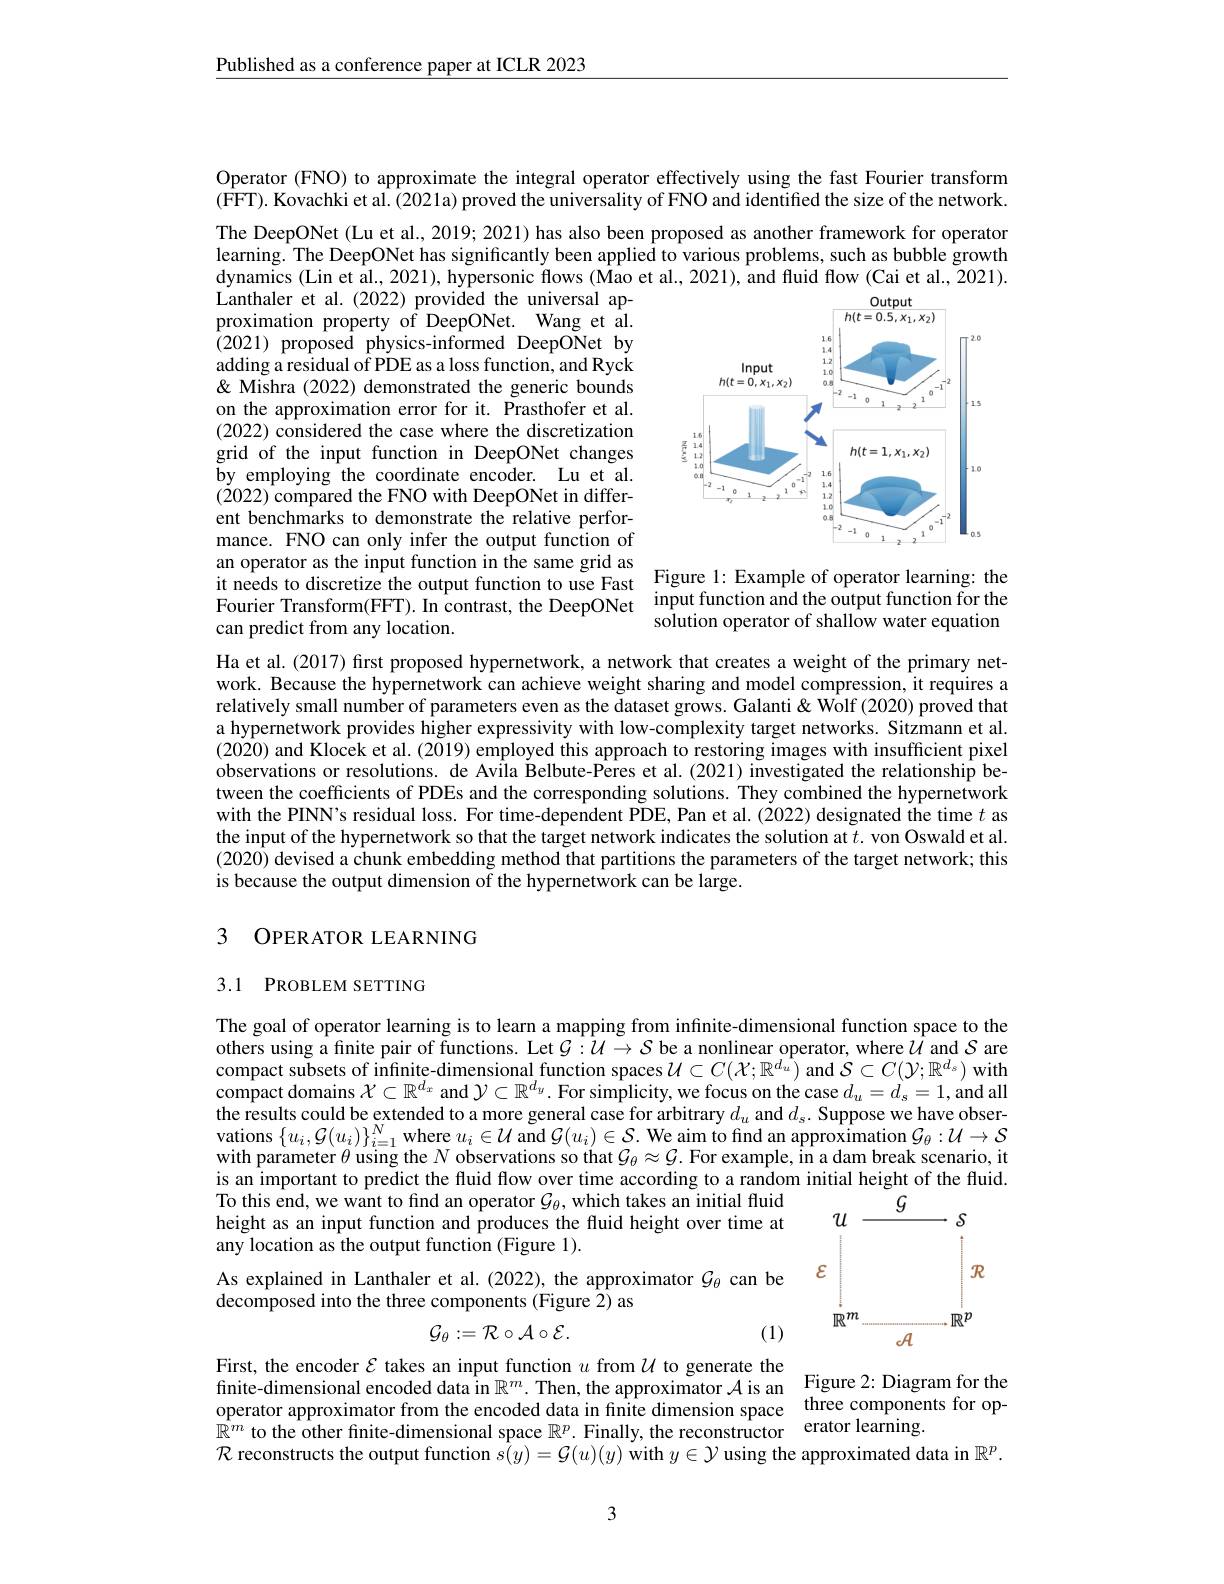
Published as a conference paper at ICLR 2023

Operator (FNO) to approximate the integral operator effectively using the fast Fourier transform $(\hat{\mathrm{FFT}}).$ Kovachki et al. $\hat{(2021\text{a})\text{proved the universality of FNO and identified the size of the network}}$

The DeepONet (Lu et al., 2019; 2021) has also been proposed as another framework for operator learning. The DeepONet has significantly been applied to various problems, such as bubble growth dynamics (Lin et al., 2021), hypersonic flows (Mao et al., 2021), and fluid flow (Cai et al., 2021). Lanthaler et al.(2022) provided the universal ap-

<FigureHere>

proximation property of DeepONet. Wang et al. (2021) proposed physics-informed DeepONet by adding a residual of PDE as a loss function, and Ryck & Mishra (2022) demonstrated the generic bounds on the approximation error for it. Prasthofer et al. (2022) considered the case where the discretization grid of the input function in DeepONet changes by employing the coordinate encoder. Lu et al. (2022) compared the FNO with DeepONet in different benchmarks to demonstrate the relative performance. FNO can only infer the output function of an operator as the input function in the same grid as it needs to discretize the output function to use Fast Figure 1: Example of operator learning: the Fourier Transform(FFT). In contrast, the DeepONet input function and the output function for the can predict from any location.

solution operator of shallow water equation

Ha et al. (2017) first proposed hypernetwork, a network that creates a weight of the primary network. Because the hypernetwork can achieve weight sharing and model compression, it requires a relatively small number of parameters even as the dataset grows. Galanti & Wolf (2020) proved that a hypernetwork provides higher expressivity with low-complexity target networks. Sitzmann et al. (2020) and Klocek et al. (2019) employed this approach to restoring images with insufficient pixel observations or resolutions. de Avila Belbute-Peres et al.(2021) investigated the relationship between the coefficients of PDEs and the corresponding solutions. They combined the hypernetwork with the PINN's residual loss. For time-dependent PDE, Pan et al. (2022) designated the time $t$ as the input of the hypernetwork so that the target network indicates the solution at $t.$ von Oswald et al. (2020) devised a chunk embedding method that partitions the parameters of the target network; this is because the output dimension of the hypernetwork can be large.

## 3 OPERATOR LEARNING

3.1 PROBLEM SETTING

The goal of operator learning is to learn a mapping from infinite-dimensional function space to the others using a fnite pair of functions. Let $G:\hat{U}\to S$ be a nonlinear operator, where $\hat{U}$ and $S$ are compact subsets of infinite-dimensional function spaces $\mathcal{U}\subset C(\mathcal{X};\mathbb{R}^{d_u})$ and $\mathcal{S}\subset C(\mathcal{Y};\mathbb{R}^{d_s})$ with compact domains $\mathcal{X}\subset\mathbb{R}^{d_x}$ and $\mathcal{Y}\subset\mathbb{R}^d_y.$ For simplicity, we focus on the case $d_u=d_s=1$, and all the results could be extended to a more general case for arbitrary $d_{u}$ and $d_{s}.$ Suppose we have obser- vations $\{ u_i, \mathcal{G} ( u_i) \} _{i= 1}^N$ where $u_i\in \mathcal{U}$ and $\mathcal{G} ( u_i) \in \mathcal{S} .$ We aim to find an approximation $\mathcal{G} _\theta : \mathcal{U} \to \mathcal{S}$ with parameter $\theta$ using the $N$ observations so that $\mathcal{G}_\theta\approx\mathcal{G}.$ For example, in a dam break scenario, it is an important to predict the fluid flow over time according to a random initial height of the fluid. To this end, we want to find an operator $\mathcal{G}_\theta$, which takes an initial fluid height as an initial fluid as an input function and produces the fluid height over time at
any location as the output function (Figure 1).
<FigureHere>

As explained in Lanthaler et al. (2022), the approximator $\mathcal{G}_{\theta}$ can be
decomposed into the three components (Figure $\hat{2})$ as
$$\mathcal{G}_{\theta}:=\mathcal{R}\circ\mathcal{A}\circ\mathcal{E}.$$
(1)

First, the encoder $\mathcal{E}$ takes an input function $u$ from $\mathcal{U}$ to generate the finite-dimensional encoded data in $\mathbb{R}^m.$ Then, the approximator $\mathcal{A}$ is an Figure 2: Diagram for the operator approximator from the encoded data in fnite dimension $\mathbb{R} ^m$ to the other finite- dimensional space $\mathbb{R} ^p.$ Finally, the reconstrictor erator learning. $\mathcal{R}$ reconstructs the output function $s( y) = \mathcal{G} ( u) ( y)$ with $y\in \mathcal{Y}$ using the approximated data in $\mathbb{R} ^p.$

3